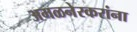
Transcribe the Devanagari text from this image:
अमळनेरकरांना